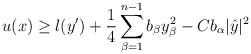
LaTeX: \begin{align*}u (x) \geq l (y') + \frac{1}{4} \sum_{\beta=1}^{n-1} b_\beta y_\beta^2 - C b_\alpha |\hat{y}|^2\end{align*}